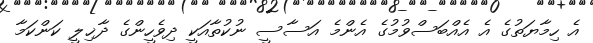
އެ ހިމާޔަތުގެ އެ އެއްބަސްވުމުގެ އެންމެ އަސާސީ ނުކުތާއަކީ ދިވެހީންގެ ދާޚިލީ ކަންކަމާ